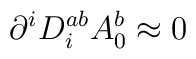
\partial^iD_i^{ab}A_0^b\approx 0